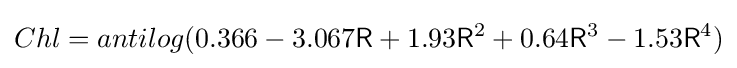
Chl=antilog(0.366-3.067{\mathsf {R}}+1.93{\mathsf {R}}^{2}+0.64{\mathsf {R}}^{3}-1.53{\mathsf {R}}^{4})